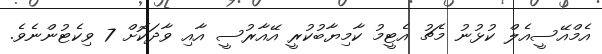
އެމްއޭސީއެލް ކުޅުނު މެޗު އެޓީމު ކާމިޔާބުކުރީ އޭއާރުސީ އާއި ވާދަކޮށް 7 ވިކެޓުންނެވެ.